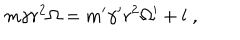
LaTeX: m \gamma r ^ { 2 } \Omega = m ^ { \prime } \gamma ^ { \prime } r ^ { 2 } \Omega ^ { \prime } + l \; ,